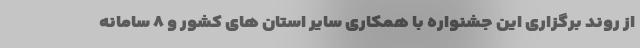
از روند برگزاری این جشنواره با همکاری سایر استان های کشور و ۸ سامانه